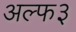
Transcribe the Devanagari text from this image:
अल्फ३